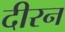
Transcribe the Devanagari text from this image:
दीरन